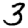
Digit: 3